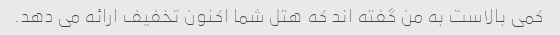
کمی بالاست به من گفته اند که هتل شما اکنون تخفیف ارائه می دهد.